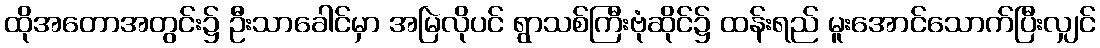
ထိုအတောအတွင်း၌ ဦးသာခေါင်မှာ အမြဲလိုပင် ရွာသစ်ကြီးဗုံဆိုင်၌ ထန်းရည် မူးအောင်သောက်ပြီးလျှင်